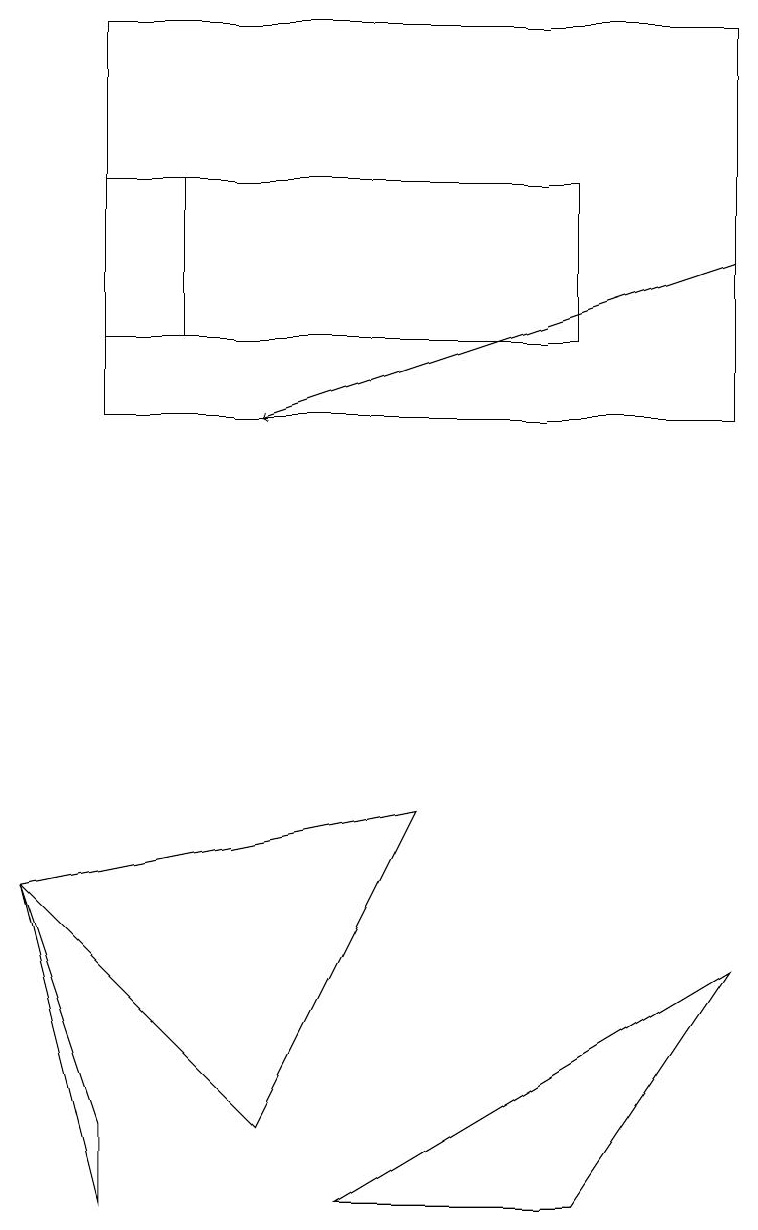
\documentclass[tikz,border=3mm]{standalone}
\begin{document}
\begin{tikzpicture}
\draw (7,0) -- (9,3) -- (4,0) -- cycle;
\draw[->] (9,12) -- (3,10);
\draw (0,4) -- (1,1) -- (1,0) -- cycle;
\draw (2,11) rectangle (2,13);
\draw (1,10) rectangle (9,15);
\draw (7,11) rectangle (1,13);
\draw (0,4) -- (5,5) -- (3,1) -- cycle;
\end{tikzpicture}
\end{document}